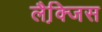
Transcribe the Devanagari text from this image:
लैक्जि़स